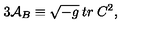
3 { \cal A } _ { B } \equiv \sqrt { - g } \: t r \: C ^ { 2 } ,